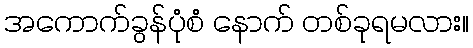
အကောက်ခွန်ပုံစံ နောက် တစ်ခုရမလား။